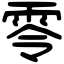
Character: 零